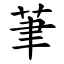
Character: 茟